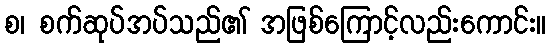
စ၊ စက်ဆုပ်အပ်သည်၏ အဖြစ်ကြောင့်လည်းကောင်း။